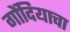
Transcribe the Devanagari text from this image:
गोंदियाचा